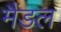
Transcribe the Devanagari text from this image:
मैंडल